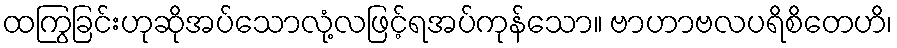
ထကြွခြင်းဟုဆိုအပ်သောလုံ့လဖြင့်ရအပ်ကုန်သော။ ဗာဟာဗလပရိစိတေဟိ၊